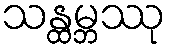
သန္ထမ္ဘဿု